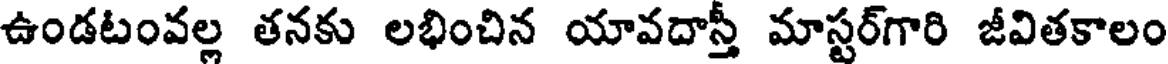
ఉండటంవల్ల తనకు లభించిన యావదాస్తీ మాస్టర్గారి జీవితకాలం